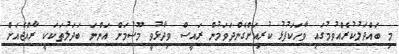
މި ބައްދަލުކުރެއްވުމުގައި ވާހަކަފުޅު ކުރިއަށްގެންދަވަމުން ރައީސް ވިދާޅުވީ މޫސުމަށް އަންނަ ބަދަލުތަކަކީ ރާއްޖެއަށް